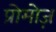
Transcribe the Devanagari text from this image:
प्रोमोज़